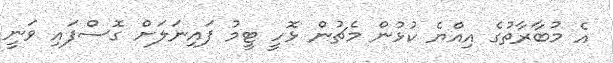
އެ މުބާރާތުގެ އިއްޔެ ކުޅުން މެޗުން ޅޮހީ ޓީމު ފައިނަލަށް ގޮސްފައި ވަނީ